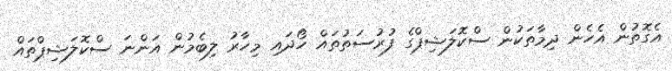
އެގޮތުން އެހެން ދިމާތަކުން ސްކޮލަޝިޕްގެ ފުރުސަތުތައް ހޯދައި މިހާރު ލިބެމުން އަންނަ ސްކޮލަޝިޕްތައް